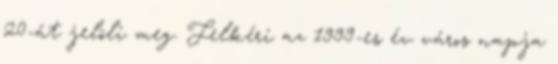
20-át jelöli meg. Felkéri az 1999-es év város napja